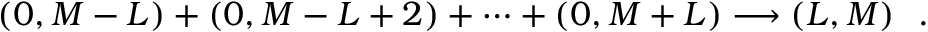
( 0 , M - L ) + ( 0 , M - L + 2 ) + \cdots + ( 0 , M + L ) \longrightarrow ( L , M ) \ \ .